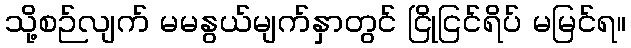
သို့စဉ်လျက် မမနွယ်မျက်နှာတွင် ငြိုငြင်ရိပ် မမြင်ရ။